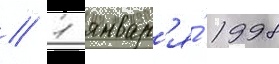
// 1 январ'я́ 1998